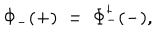
\Phi _ { - } ( + ) \; = \; \Phi _ { - } ^ { \dagger } ( - ) ,